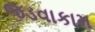
જડવાકામ